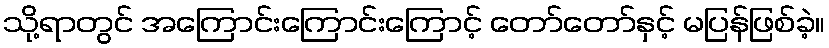
သို့ရာတွင် အကြောင်းကြောင်းကြောင့် တော်တော်နှင့် မပြန်ဖြစ်ခဲ့။